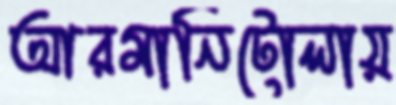
আরমানিটোলায়